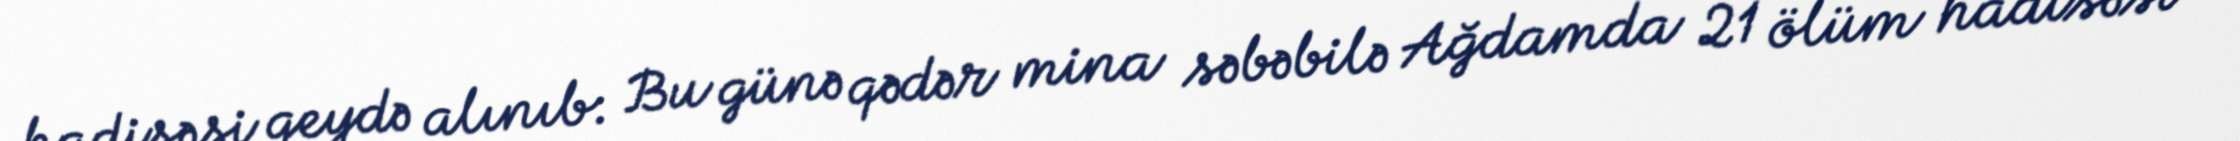
hadisəsi qeydə alınıb: Bu günə qədər mina səbəbilə Ağdamda 21 ölüm hadisəsi